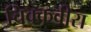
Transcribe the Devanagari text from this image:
चिक्कवीरा